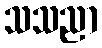
သသညာ